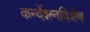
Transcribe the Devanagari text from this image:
कन्वेंशनविशेष